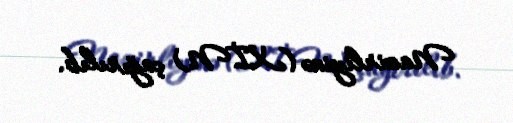
Nazirliyinə (XİN) çağırılıb.